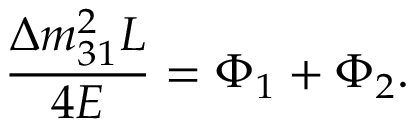
\frac { \Delta m _ { 3 1 } ^ { 2 } L } { 4 E } = \Phi _ { 1 } + \Phi _ { 2 } .